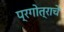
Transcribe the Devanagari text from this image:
प्रगोत्राचे